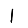
Digit: 1